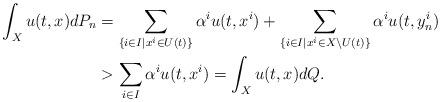
LaTeX: \begin{align*}\int_Xu(t,x)dP_n& =\sum_{\{ i\in I\mid x^i\in U(t) \}}\alpha^iu(t,x^i)+\sum_{\{ i\in I\mid x^i\in X\setminus U(t) \}}\alpha^iu(t,y^i_n) \\& >\sum_{i\in I}\alpha^iu(t,x^i)=\int_Xu(t,x)dQ. \end{align*}